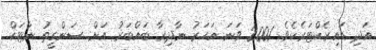
އަދި ޑައިރެކްޓަރެކެވެ. 2001 ވަނަ އަހަރު ނާދިރާ ބައްބަރު އަށް ސަންގީތު ނާޓަކް